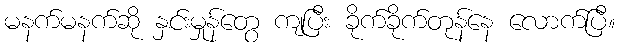
မနက်မနက်ဆို နှင်းမှုန်တွေ ကျပြီး ခိုက်ခိုက်တုန်နေ လောက်ပြီ။